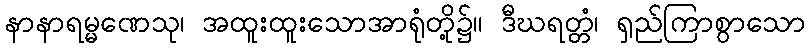
နာနာရမ္မဏေသု၊ အထူးထူးသောအာရုံတို့၌။ ဒီဃရတ္တံ၊ ရှည်ကြာစွာသော